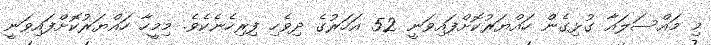
މި މައްސަލައާ ގުޅިގެން ހައްޔަރުކޮށްފައިވަނީ 52 އަހަރުގެ ދިވެހި ފިރިހެނެކެވެ. މިމީހާ ހައްޔަރުކޮށްފައިވަނީ